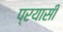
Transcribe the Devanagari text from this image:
प्रयासी